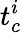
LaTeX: t_{c}^{i}